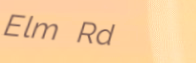
Elm Rd